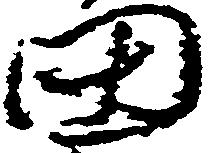
田